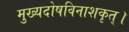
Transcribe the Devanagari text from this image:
मुख्यदोषविनाशकृत्।